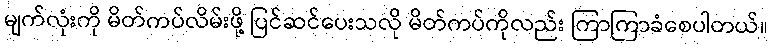
မျက်လုံးကို မိတ်ကပ်လိမ်းဖို့ ပြင်ဆင်ပေးသလို မိတ်ကပ်ကိုလည်း ကြာကြာခံစေပါတယ်။